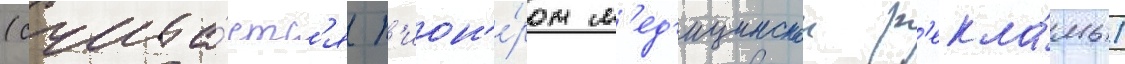
(счита́етс'я п'ион'е́ром м'ед'ицинскои р'екла́мы)